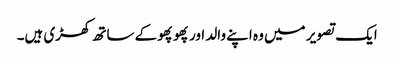
ایک تصویر میں وہ اپنے والد اور پھوپھو کے ساتھ کھڑی ہیں۔